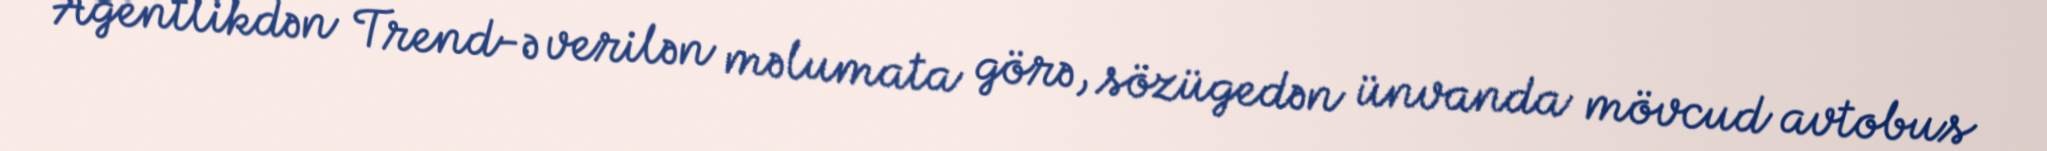
Agentlikdən Trend-ə verilən məlumata görə, sözügedən ünvanda mövcud avtobus